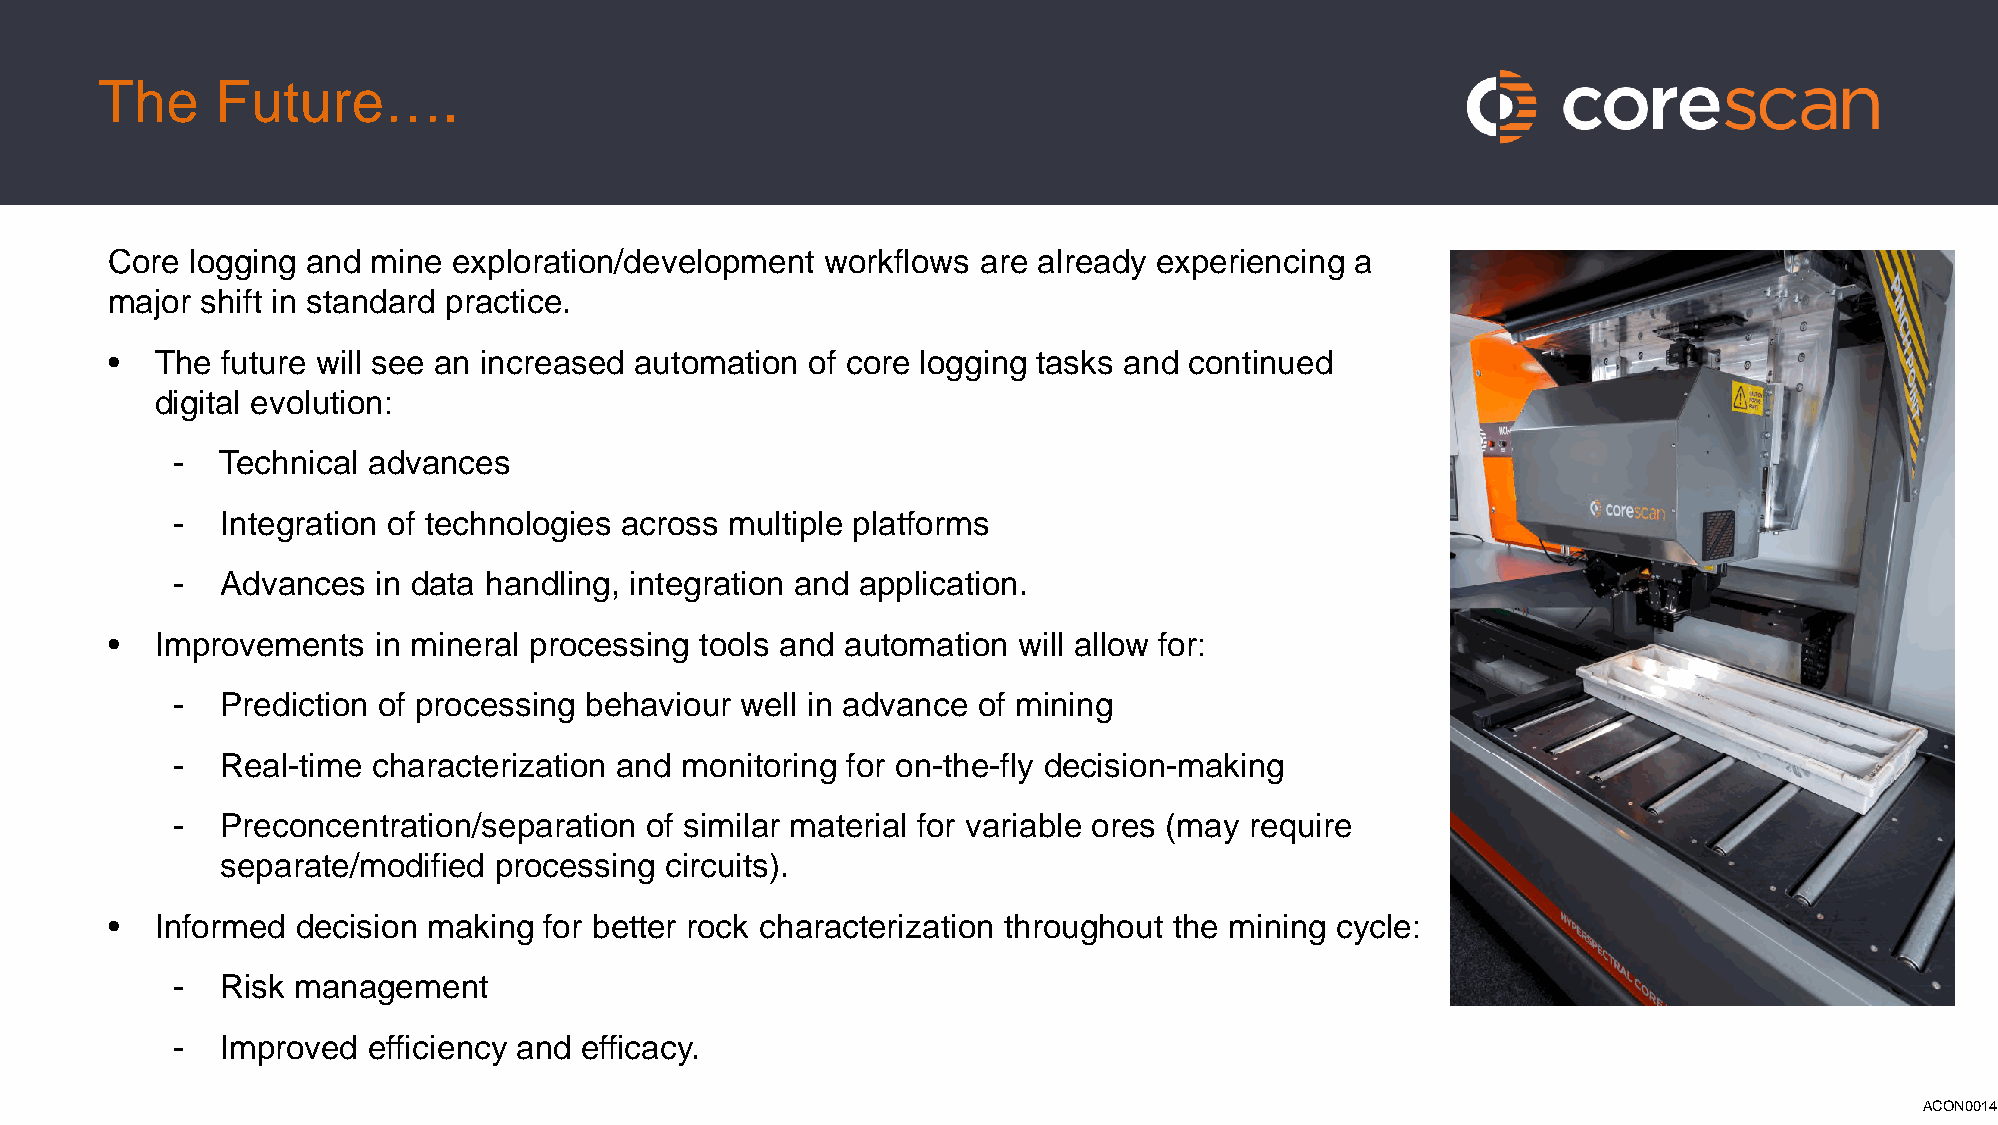
The    Future….
 Core  logging and mine exploration/development  workflows are already experiencing a
 major shift in standard practice.
 •  The  future will see an increased automation of core logging tasks and continued
 digital evolution:
 -   Technical advances
 -   Integration of technologies across multiple platforms
 -   Advances  in data handling, integration and application.
 •  Improvements   in mineral processing tools and automation will allow for:
 -   Prediction of processing behaviour well in advance of mining
 -   Real-time characterization and monitoring for on-the-fly decision-making
 -   Preconcentration/separation of similar material for variable ores (may require
 separate/modified processing circuits).
 •  Informed  decision making for better rock characterization throughout the mining cycle:
 -   Risk management
 -   Improved efficiency and efficacy.
 ACON0014